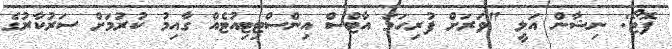
ފޮޓޯ: ނިޝާން އަލީ "ވަރަށް ފުރިހަމަ އާޓްސް އިންސްޓިޓިއުޓެއް ގާއިމު ކުރުމަށް ސަރުކާރުގެ